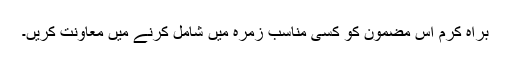
براہِ کرم اس مضمون کو کسی مناسب زمرہ میں شامل کرنے میں معاونت کریں۔